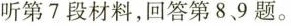
听第7段材料,回答第8.9 题.